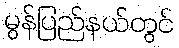
မွန်ပြည်နယ်တွင်